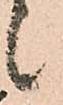
候